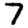
Digit: 7